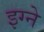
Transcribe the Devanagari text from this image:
इग्ने